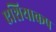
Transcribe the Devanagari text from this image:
एशियाकप